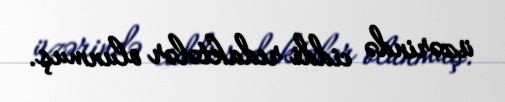
üzərində ciddi redaktələr olunmuş.